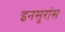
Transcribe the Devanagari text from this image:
इनसुरांस